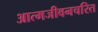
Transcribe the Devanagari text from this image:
आत्मजीवनचरित